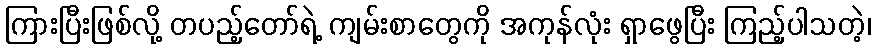
ကြားပြီးဖြစ်လို့ တပည့်တော်ရဲ့ ကျမ်းစာတွေကို အကုန်လုံး ရှာဖွေပြီး ကြည့်ပါသတဲ့၊